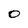
Character: O